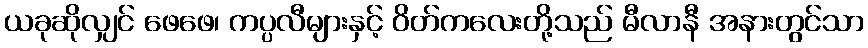
ယခုဆိုလျှင် ဖေဖေ၊ ကပ္ပလီများနှင့် ဝိတ်ကလေးတို့သည် မီလာနီ အနားတွင်သာ